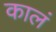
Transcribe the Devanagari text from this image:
कालं